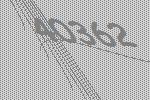
40362